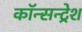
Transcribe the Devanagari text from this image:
कॉन्सन्ट्रेश